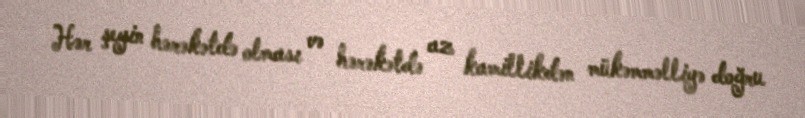
Hər şeyin hərəkətdə olması və hərəkətdə az kamillikdən mükəmməlliyə doğru